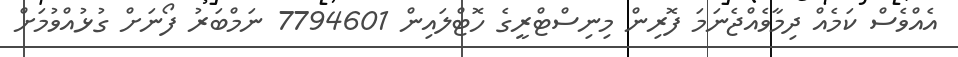
އެއްވެސް ކަމެއް ދިމާވެއްޖެނަމަ ފޮރިން މިނިސްޓްރީގެ ހޮޓްލައިން 7794601 ނަމްބަރު ފޯނަށް ގުޅުއްވުމަށް